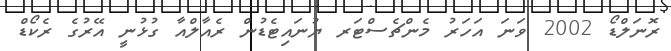
ރޮނަލްޑޯ 2002 ވަނަ އަހަރު މެންޗެސްޓަރ ޔުނައިޓެޑުން ރެއާލްއާ ގުޅުނީ އޭރުގެ ރެކޯޑް